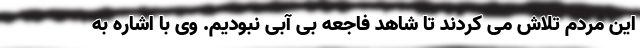
این مردم تلاش می کردند تا شاهد فاجعه بی آبی نبودیم. وی با اشاره به